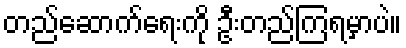
တည်ဆောက်ရေးကို ဦးတည်ကြရမှာပဲ။